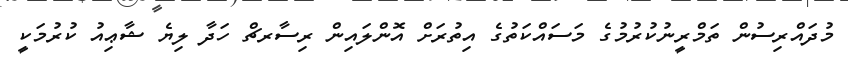
މުދައްރިސުން ތަމްރީނުކުރުމުގެ މަސައްކަތުގެ އިތުރަށް އޮންލައިން ރިސާރޗް ހަދާ ލިޔެ ޝާޢިއު ކުރުމަކީ